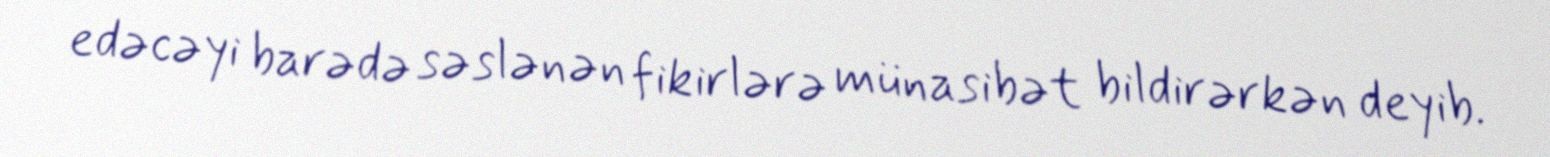
edəcəyi barədə səslənən fikirlərə münasibət bildirərkən deyib.